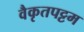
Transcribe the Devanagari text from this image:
वैकृतपट्टम